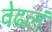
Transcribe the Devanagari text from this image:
वेढलं